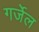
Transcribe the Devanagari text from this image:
गर्जेल